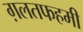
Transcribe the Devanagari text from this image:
ग़लतफहमी